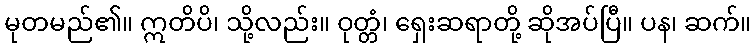
မုတမည်၏။ ဣတိပိ၊ သို့လည်း။ ဝုတ္တံ၊ ရှေးဆရာတို့ ဆိုအပ်ပြီ။ ပန၊ ဆက်။